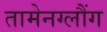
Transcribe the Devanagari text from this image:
तामेनग्लौंग